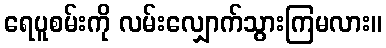
ရေပူစမ်းကို လမ်းလျှောက်သွားကြမလား။